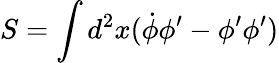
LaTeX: S=\int d^{2}x(\dot{\phi}\phi^{\prime}-\phi^{\prime}\phi^{\prime})